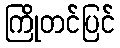
ကြိုတင်ပြင်